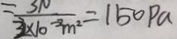
= \frac { 3 1 0 } { 2 \times 1 0 - 2 m ^ { 2 } } = 1 5 0 p a